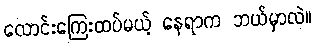
လောင်းကြေးထပ်မယ့် နေရာက ဘယ်မှာလဲ။